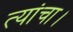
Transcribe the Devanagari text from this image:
त्यांचा।